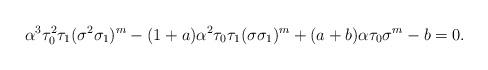
LaTeX: \begin{align*}\alpha^3 \tau_0^2 \tau_1 (\sigma^2 \sigma_1)^m - (1+a) \alpha^2 \tau_0 \tau_1 (\sigma \sigma_1)^m + (a+b) \alpha \tau_0 \sigma^m - b = 0.\end{align*}